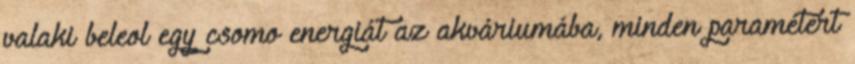
valaki beleol egy csomo energiát az akváriumába, minden paramétert